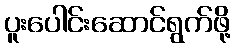
ပူးပေါင်းဆောင်ရွက်ဖို့